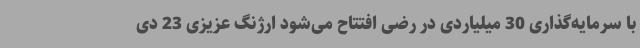
با سرمایه‌گذاری 30 میلیاردی در رضی افتتاح می‌شود ارژنگ عزیزی 23 دی